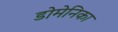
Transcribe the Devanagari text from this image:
डोमेनिका